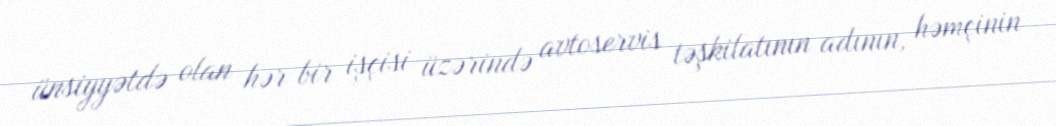
ünsiyyətdə olan hər bir işçisi üzərində avtoservis təşkilatının adının, həmçinin